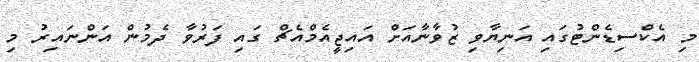
މި އެކްސިޑެންޓުގައި އަނިޔާވި ޒުވާނާއަށް އައިޖީއެމްއެޗް ގައި ފަރުވާ ދެމުން އަންނައިރު މި